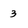
Character: 3